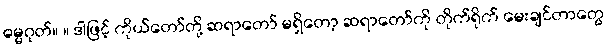
ဓမ္မဂုတ်။ ။ ဒါဖြင့် ကိုယ်တော်တို့ ဆရာတော် မရှိတော့ ဆရာတော်ကို တိုက်ရိုက် မေးချင်တာတွေ